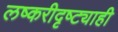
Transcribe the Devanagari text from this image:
लष्करीदृष्ट्याही